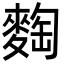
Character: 𪌼